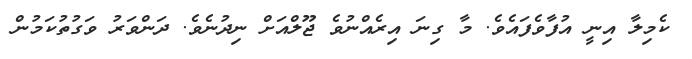
ކެމިލާ އިނީ އުފާވެފައެވެ. މާ ގިނަ އިރެއްނުވެ ޖޫލްއަށް ނިދުނެވެ. ދަންވަރު ވަގުތުކަމުން